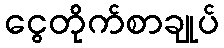
ငွေတိုက်စာချုပ်